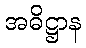
အဓိဋ္ဌာန